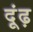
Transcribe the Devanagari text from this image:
दूंढ़